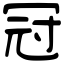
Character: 冠